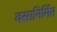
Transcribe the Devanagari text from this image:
वसानिर्मित